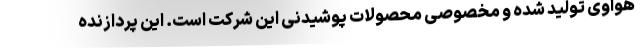
هوآوی تولید شده و مخصوصی محصولات پوشیدنی این شرکت است. این پردازنده